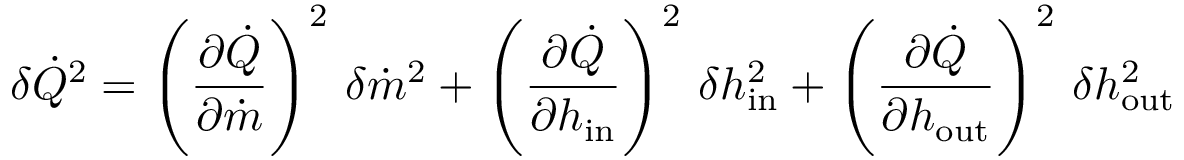
\delta \dot { Q } ^ { 2 } = \left( \frac { \partial \dot { Q } } { \partial \dot { m } } \right) ^ { 2 } \, \delta \dot { m } ^ { 2 } + \left( \frac { \partial \dot { Q } } { \partial h _ { \mathrm { { i n } } } } \right) ^ { 2 } \, \delta h _ { \mathrm { { i n } } } ^ { 2 } + \left( \frac { \partial \dot { Q } } { \partial h _ { \mathrm { { o u t } } } } \right) ^ { 2 } \, \delta h _ { \mathrm { { o u t } } } ^ { 2 }